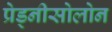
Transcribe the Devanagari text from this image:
प्रेड्नीसोलोन